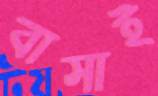
বাসাই